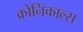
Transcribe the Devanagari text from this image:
क्रोनिकाल्स